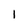
Character: I